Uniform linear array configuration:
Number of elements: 4
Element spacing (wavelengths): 0.5
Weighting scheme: binomial
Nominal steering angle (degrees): -60
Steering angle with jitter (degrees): -61.302
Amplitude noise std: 0.05
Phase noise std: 0.05

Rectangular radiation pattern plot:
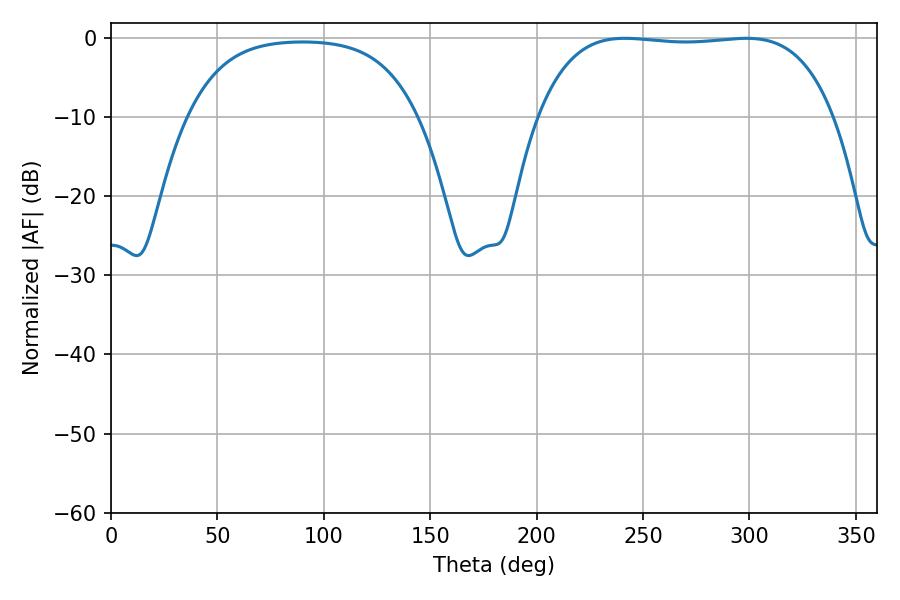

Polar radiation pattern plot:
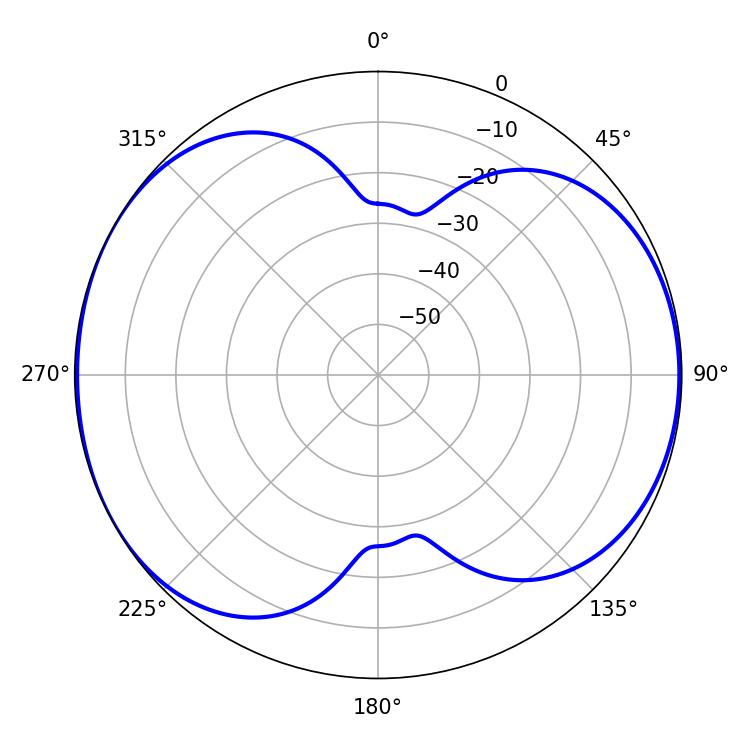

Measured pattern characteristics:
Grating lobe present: FALSE
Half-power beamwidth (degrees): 109.44
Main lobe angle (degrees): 241.56